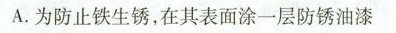
A.为防止铁生锈，在其表面涂一层防锈油漆